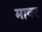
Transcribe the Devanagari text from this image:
मावर